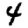
Digit: 4